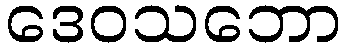
ဒေဝသဘော